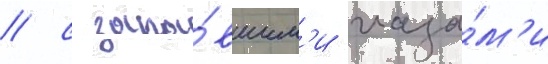
/ с запа́вшим'и глаза́м'и